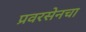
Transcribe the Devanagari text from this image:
प्रवरसेनचा